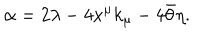
LaTeX: \alpha = 2 \lambda - 4 x ^ { \mu } k _ { \mu } - 4 \bar { \theta } \eta .